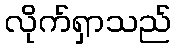
လိုက်ရှာသည်